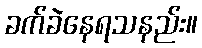
ခက်ခဲနေရသနည်း။